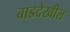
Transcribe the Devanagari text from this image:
बाडदेखील